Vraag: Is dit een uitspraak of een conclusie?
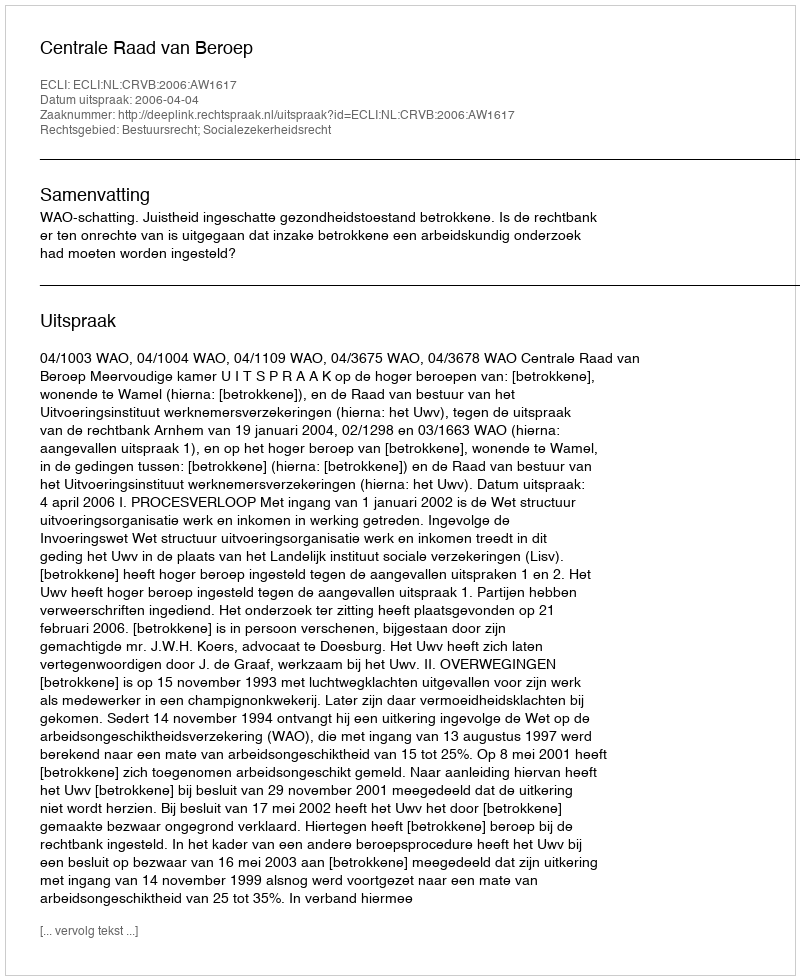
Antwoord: Uitspraak